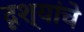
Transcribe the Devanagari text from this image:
दृश्यांचे